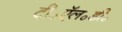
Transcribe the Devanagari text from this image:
टी॰ऍल॰डी॰